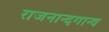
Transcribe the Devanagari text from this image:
राजनान्दगान्व